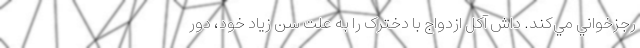
رجزخواني مي‌کند. داش آکل ازدواج با دخترک را به علت سن زياد خود، دور